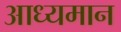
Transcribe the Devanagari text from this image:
आध्यमान